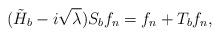
LaTeX: \begin{align*} (\tilde{H}_b-i\sqrt{\lambda})S_bf_n=f_n+T_bf_n,\end{align*}